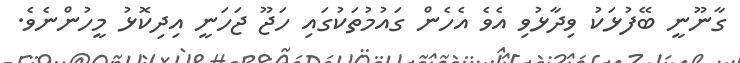
ގާނޫނީ ބޭފުޅަކު ވިދާޅުވި އެވެ އެހެން ގައުމުތަކުގައި ހަޖޫ ޖަހަނީ އިދިކޮޅު މީހުންނެވެ.